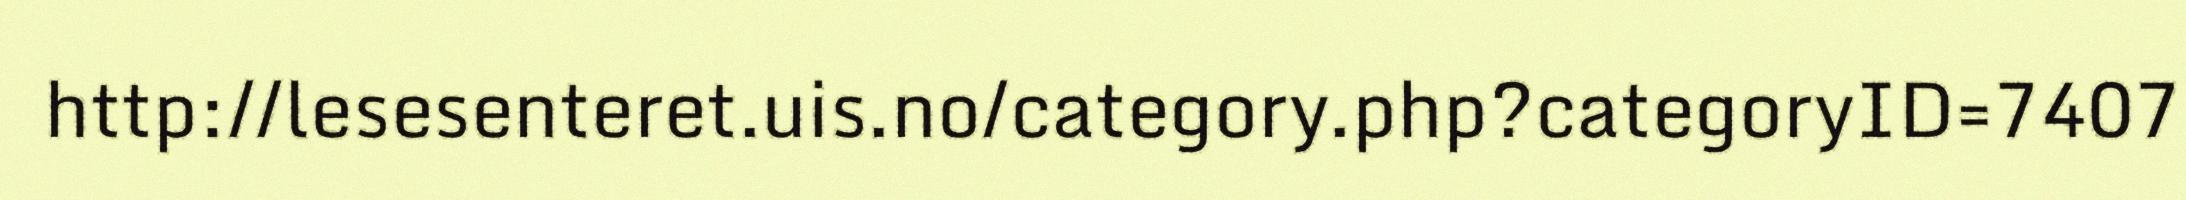
http://lesesenteret.uis.no/category.php?categoryID=7407